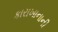
કારાખાનાની